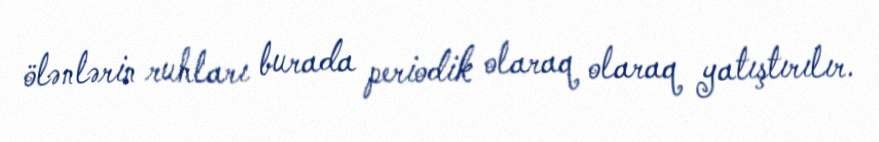
ölənlərin ruhları burada periodik olaraq olaraq yatıştırılır.